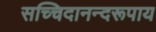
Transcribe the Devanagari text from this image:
सच्चिदानन्दरूपाय